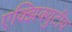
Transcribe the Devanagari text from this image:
एक्झिक्युटीव